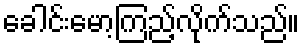
ခေါင်းမော့ကြည့်လိုက်သည်။